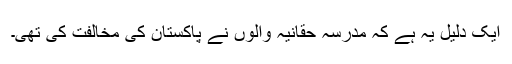
ایک دلیل یہ ہے کہ مدرسہ حقانیہ والوں نے پاکستان کی مخالفت کی تھی۔